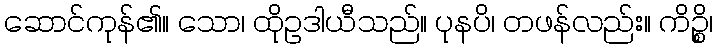
ဆောင်ကုန်၏။ သော၊ ထိုဥဒါယီသည်။ ပုနပိ၊ တဖန်လည်း။ ကိဉ္စိ၊